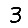
Digit: 3